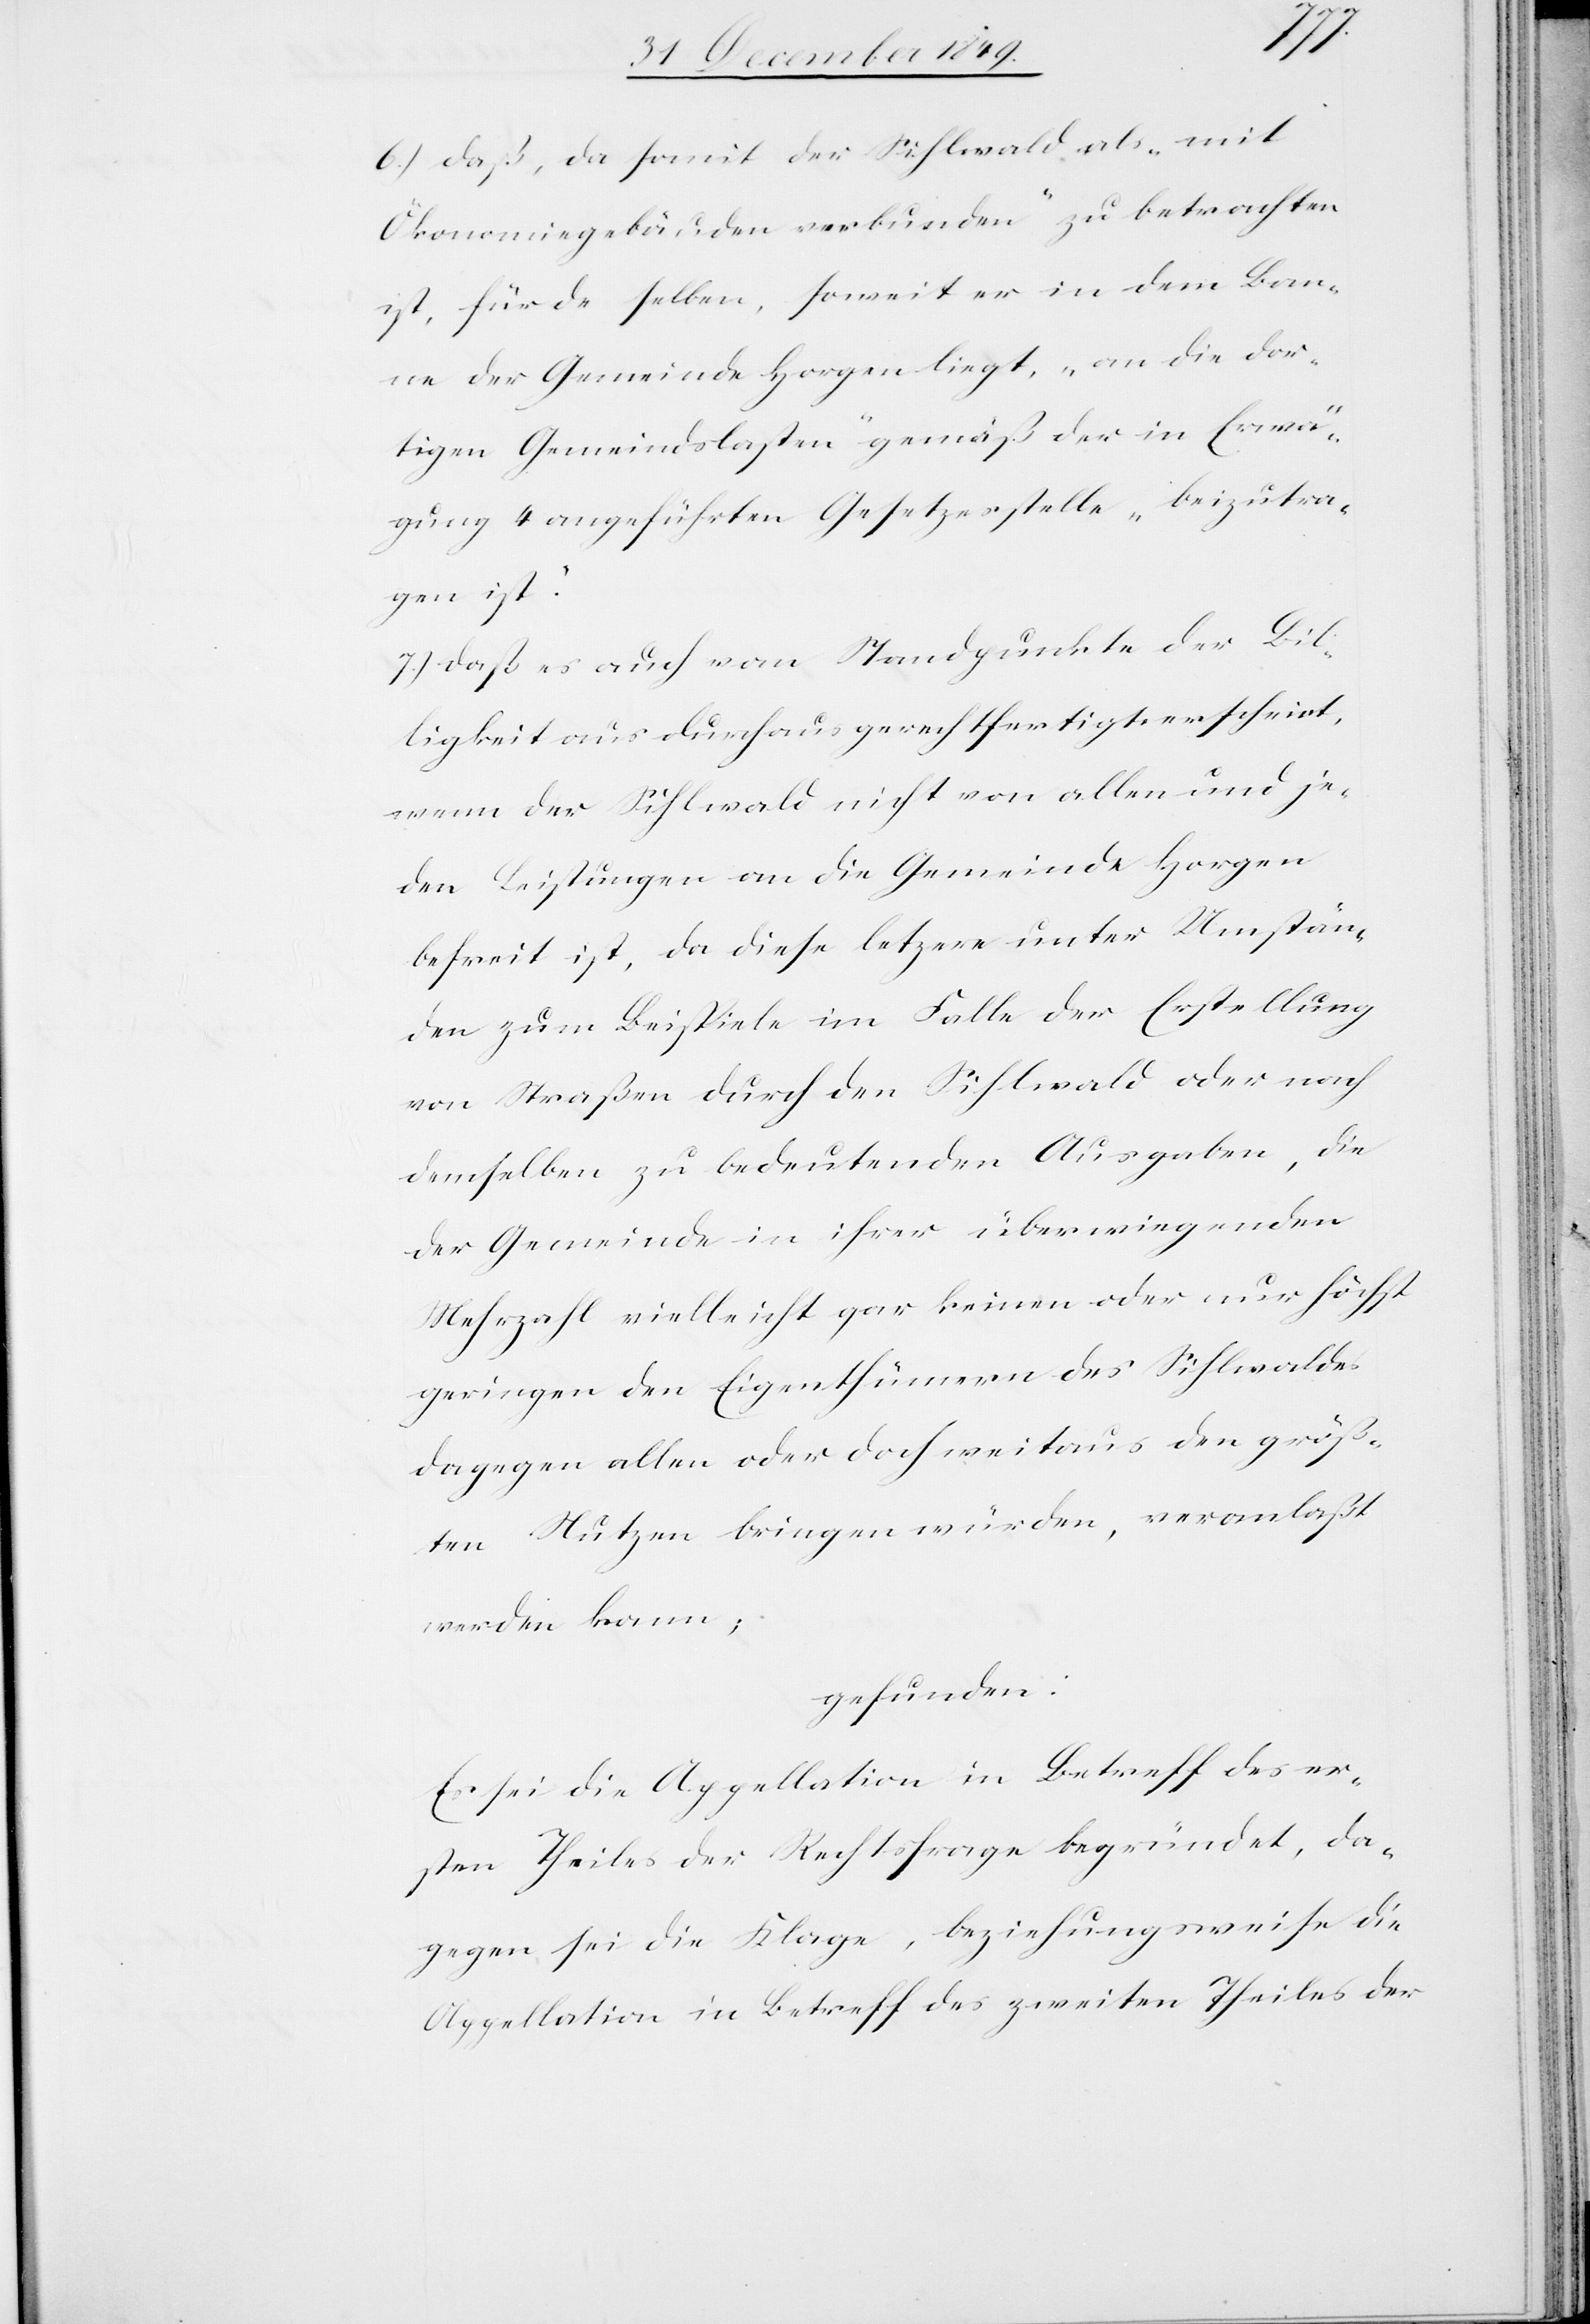
6.) daß, da somit der Sihlwald als „mit
Ökonomiegebäuden verbunden“ zu betrachten
ist, für dieselben, soweit er in dem Ban¬
ne der Gemeinde Horgen liegt, „an die dor¬
tigen Gemeindslasten“ gemäß der in Erwä¬
gung 4 angeführten Gesetzesstelle „beizutre¬
ten ist.“
7.) daß es auch vom Standpunkte der Bil¬
ligkeit aus durchaus gerechtfertigt erscheint,
wenn der Sihlwald nicht von allen und je¬
den Leistungen an die Gemeinde Horgen
befreit ist, da diese letztere unter Umstän¬
den zum Beispiele im Falle der Erstellung
von Straßen durch den Sihlwald oder nach
demselben zu bedeutenden Ausgaben, die
der Gemeinde in ihrer überwiegenden
Mehrzahl vielleicht gar keinen oder nur höchst
geringen den Eigenthümern des Sihlwaldes
dagegen allen oder doch weitaus den größ¬
ten Nutzen bringen würden, veranlaßt
werden kann;
gefunden:
Es sei die Appellation in Betreff des er¬
sten Theiles der Rechtsfrage begründet, da¬
gegen sei die Klage, beziehungsweise die
Appellation in Betreff des zweiten Theiles der